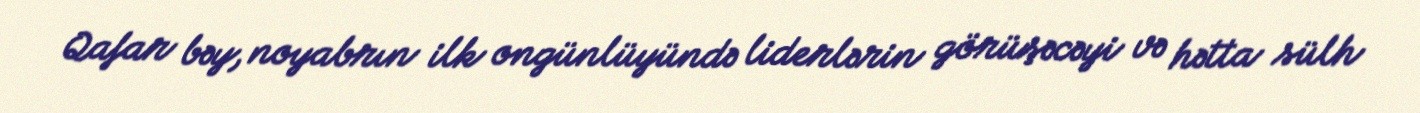
Qafar bəy, noyabrın ilk ongünlüyündə liderlərin görüşəcəyi və hətta sülh